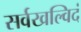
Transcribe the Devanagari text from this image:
सर्वखल्विदं